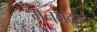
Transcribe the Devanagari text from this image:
मनमदुरई